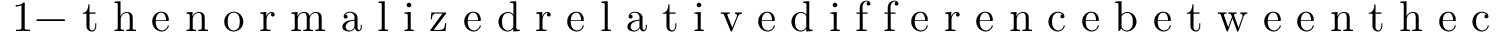
1 - \mathrm { ~ t ~ h ~ e ~ n ~ o ~ r ~ m ~ a ~ l ~ i ~ z ~ e ~ d ~ r ~ e ~ l ~ a ~ t ~ i ~ v ~ e ~ d ~ i ~ f ~ f ~ e ~ r ~ e ~ n ~ c ~ e ~ b ~ e ~ t ~ w ~ e ~ e ~ n ~ t ~ h ~ e ~ c ~ o ~ r ~ r ~ e ~ s ~ p ~ o ~ n ~ d ~ i ~ n ~ g ~ c ~ o ~ r ~ r ~ e ~ l ~ a ~ t ~ i ~ o ~ n ~ c ~ o ~ e ~ f ~ f ~ i ~ c ~ i ~ e ~ n ~ t ~ i ~ n ~ t ~ h ~ e ~ c ~ o ~ l ~ l ~ e ~ c ~ t ~ e ~ d ~ a ~ n ~ d ~ s ~ y ~ n ~ t ~ h ~ e ~ t ~ i ~ c ~ d ~ a ~ t ~ a ~ }